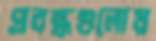
প্রবন্ধগুলোয়